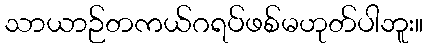
သာယာဉ်တကယ်ဂရပ်ဖစ်မဟုတ်ပါဘူး။